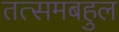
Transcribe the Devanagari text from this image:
तत्समबहुल